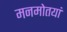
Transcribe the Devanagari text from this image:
मनमोतयां